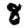
Digit: 8